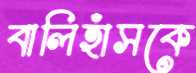
বালিহাঁসকে